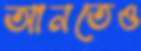
আনতেও